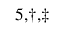
^ { 5 , \dagger , \ddagger }